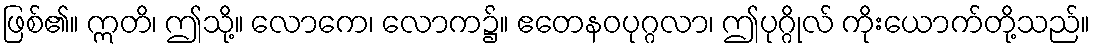
ဖြစ်၏။ ဣတိ၊ ဤသို့။ လောကေ၊ လောက၌။ ဧတေနဝပုဂ္ဂလာ၊ ဤပုဂ္ဂိုလ် ကိုးယောက်တို့သည်။